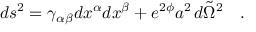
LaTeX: d s ^ { 2 } = \gamma _ { \alpha \beta } d x ^ { \alpha } d x ^ { \beta } + e ^ { 2 \phi } a ^ { 2 } \, d { \tilde { \Omega } } ^ { 2 } ~ ~ ~ .